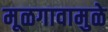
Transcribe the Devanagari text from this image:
मूळगावामुळे